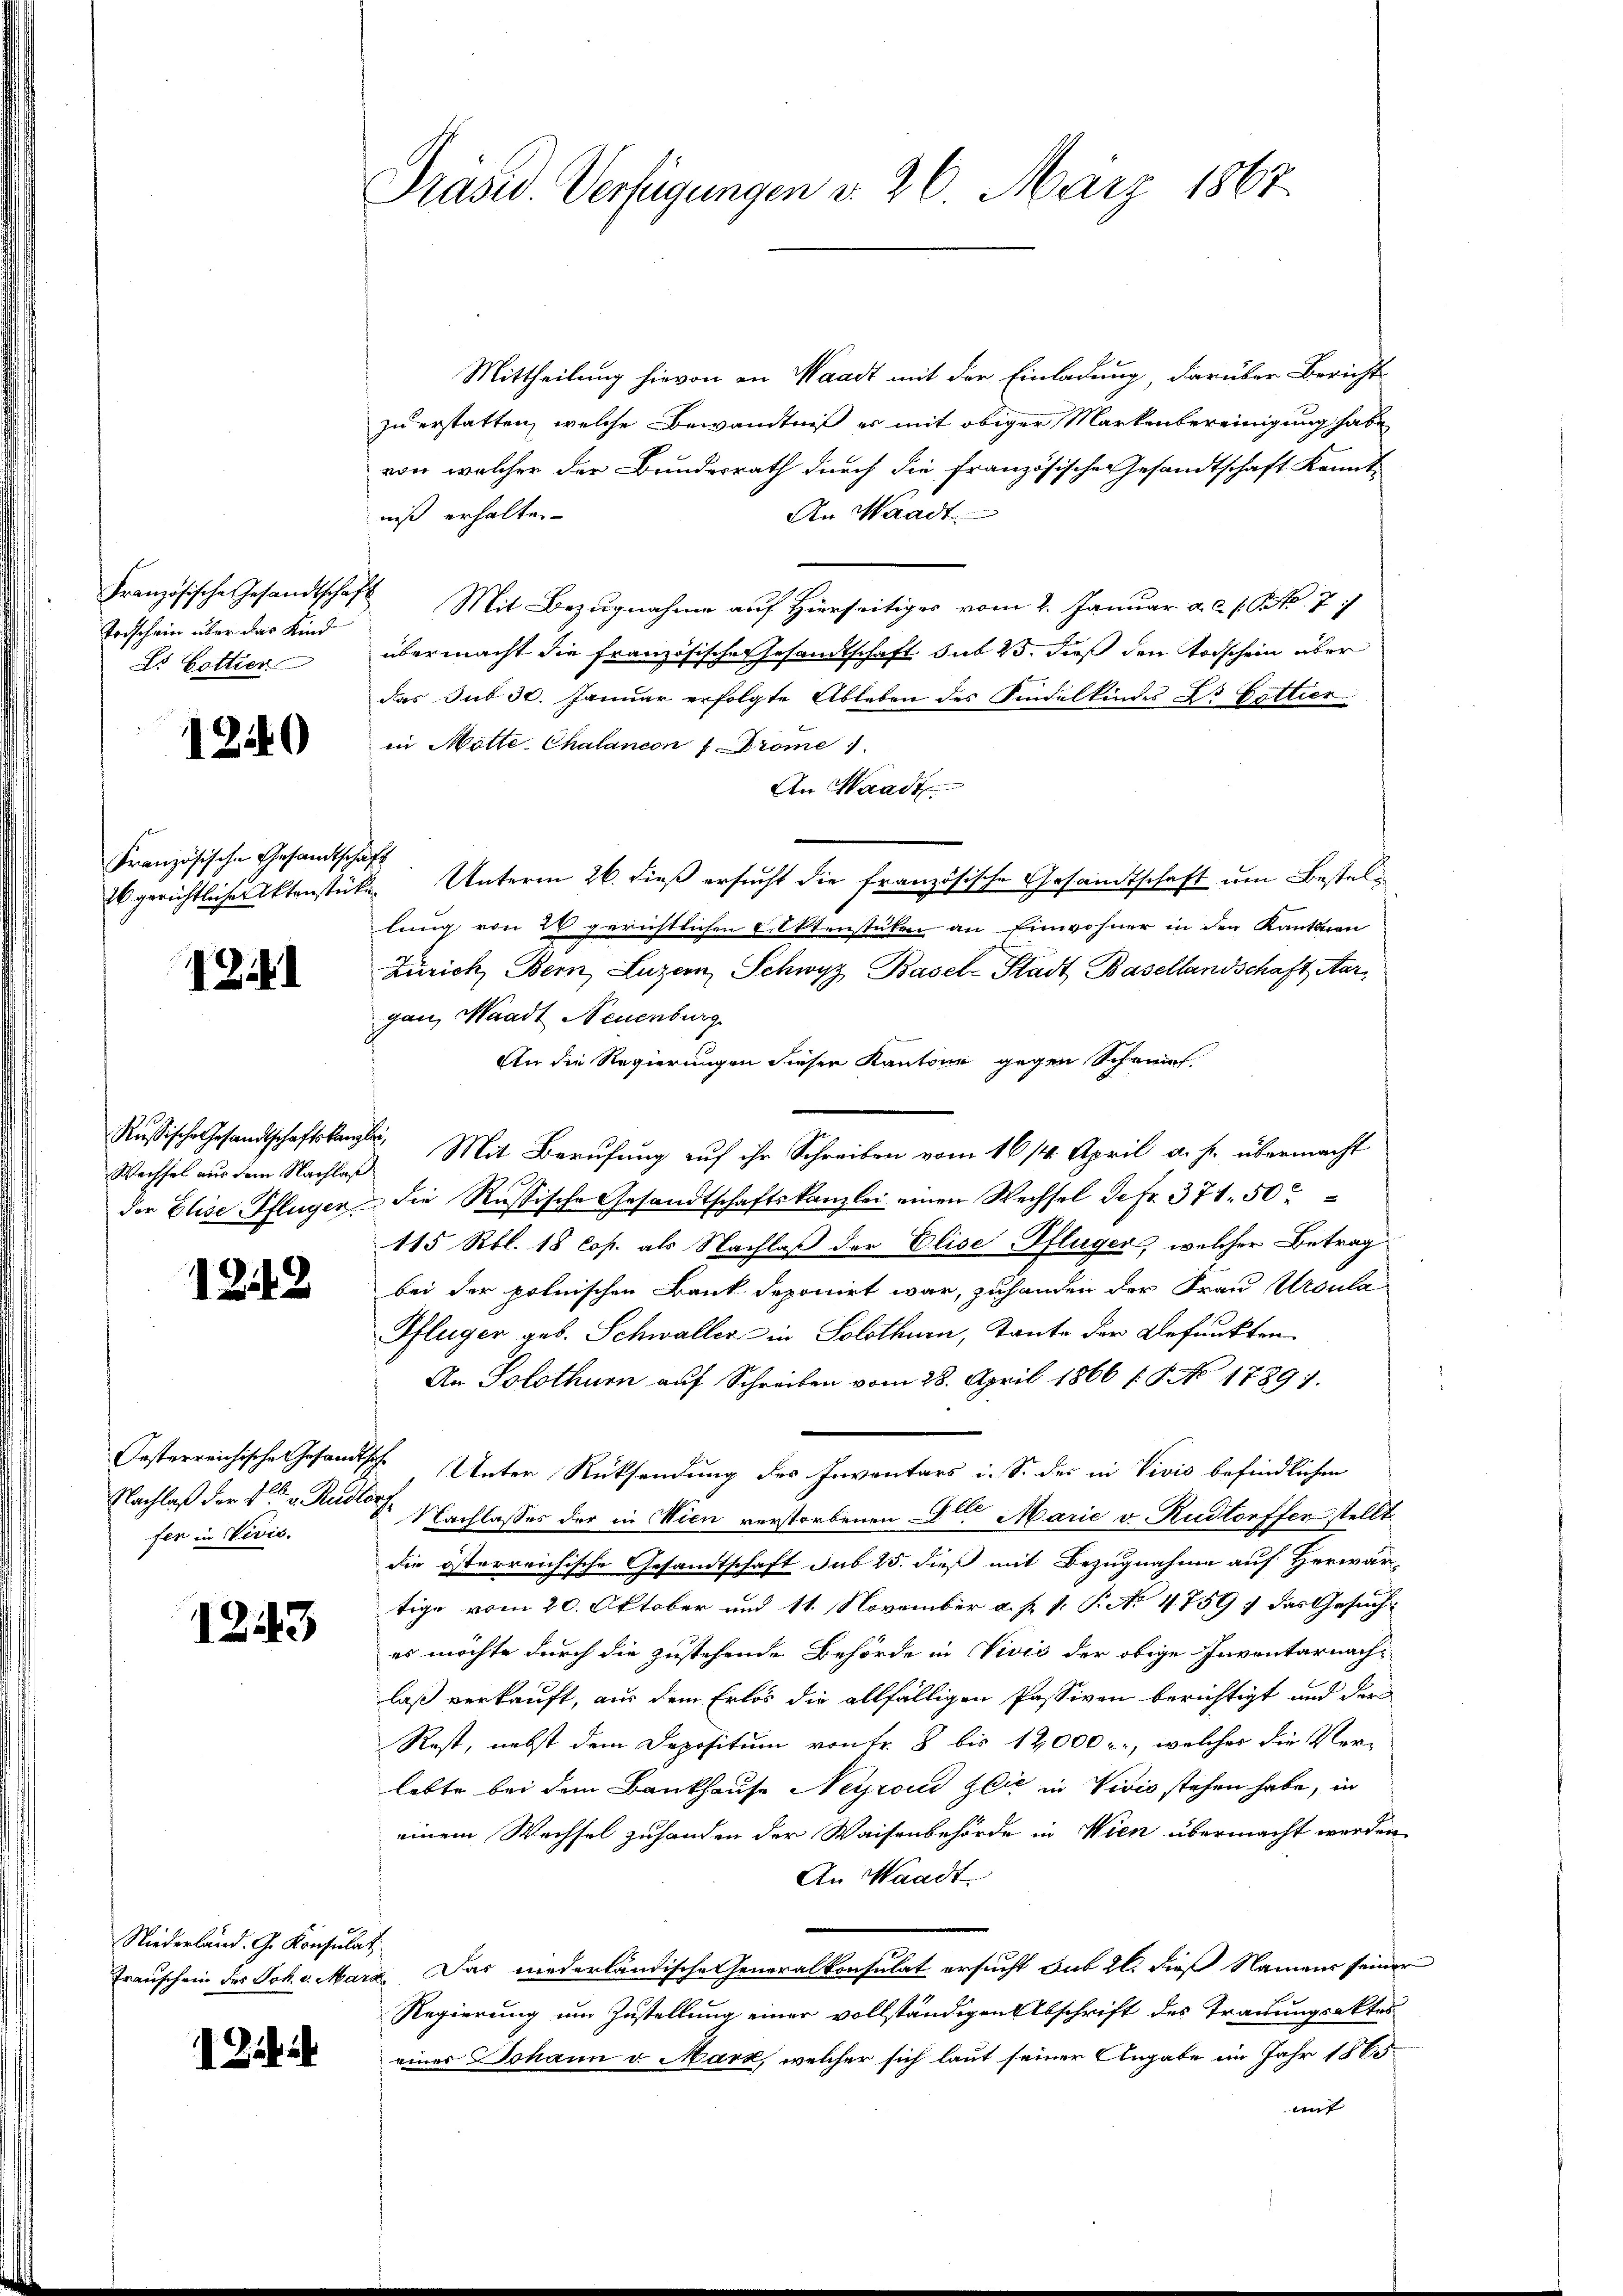
Torschein über das Kind
Ls Hottier

1240

Französische Gesandtschaft

12

Wechsel aus dem Nachlaß

12.18

fer in Vivis.

1243

Niederland. G. Konsulat

1 ibi

Präsid. Verfügungen d. 26. März 1867

Mittheilung hievon an Waadt mit der Einladung, darüber Bericht
zu erstatten, welche Bewandtniß es mit obiger Markenbereinigung habe
von welcher der Bundesrath durch die französischer Gesandtschaft kannt-
An Waadt
niß erhalten.
Französische Gesandtschaft Mit Bezugnahme auf Hierseitiges vom 2. Januar a. c. s. Bek. 77
übermacht die französische Gesandtschaft sub 25, dieß den Todschein über
das sub 30. Januar erfolgte Ableben des Kindelkindes L. Gottier
in Motte Chalancon " Prome 1.
An Waadt
26 gerichtlicher Aktenstücke Unterm 26. dieß ersucht die französische Gesandtschaft um Bestellung von 20 gerichtlichen Lilktenstüken an Einwohner in den Kantonen
Zürich, Bern, Luzern, Schwyz, Basel-Stadt Basellandschaft Aargan, Waadt Neuenburg
An die Regierungen dieser Kantone gegen Schreif
Russische Gesandtschaftskanzler. Mit Berufung auf ihr Schreiben vom 16. 14. April a. p. übermacht
der Elise Pflügen die Rußische Gesandtschaftskanzlei einen Wechsel Gefr. 371. 50
115 Rbl. 18 Cop. als Nachlaß der Elise Pflüger, welcher Betrag
bei der polnischen Bank deponirt war, zuhanden der Frau Ursula
Pflüger geb. Schwaller in Solothurn, Tante der Befunkten
An Solothurn auf Schreiben vom 28. April 1866 [§ No 17891.
Oesterreichische Gesandtsche Unter Rücksendung des Inventars i. So des in Vivis befindlichen
Nachlaß der der v. Ruder Nachlasses der in Wien verstorbenen Alter Marie v. Rudtorfferstellt
die österreichische Gesandtschaft sub 25. dieß mit Bezugnahme auf Herwär-
tige vom 20. Oktober und 11. November a. p. 1. P. N. 4759) das Gesuches möchte durch die zustehende Behörde in Vivis der obige Inventarnachlaß verkauft, aus dem Erlös die allfälligen Passiven berichtigt und der
Rest, nebst dem Depositum von Fr. 8 bis 12,000 f:, welches die Ver-
lebte bei dem Bankhause Neyroud Zeit in Vivio stehen habe, in
einem Wechsel zuhanden der Waisenbehörde in Wien übermacht werden.
An Waadt
Trauschein des Joh. v. Marg. Das niederländische Generalkonsulat ersucht sub 20. dieß Namens seiner
Regierung um Zustellung einer vollständigen Abschrift des Trauungsakter
einer Johann v. Mark, welcher sich laut seiner Angabe im Jahr 1865
mit |